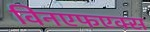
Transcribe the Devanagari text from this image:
विनएफएक्स